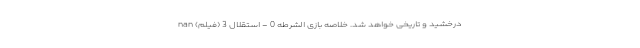
درخشید و تاریخی خواهد شد. خلاصه بازی الشرطه 0 - استقلال 3 (فیلم) nan